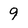
Character: 9